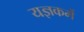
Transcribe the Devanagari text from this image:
यज्ञकर्मे